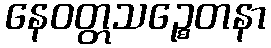
နေဝတ္တသဉ္စေတနာ